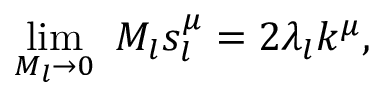
\operatorname * { l i m } _ { M _ { l } \to 0 } ~ M _ { l } s _ { l } ^ { \mu } = 2 \lambda _ { l } k ^ { \mu } ,